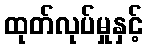
ထုတ်လုပ်မှုနှင့်